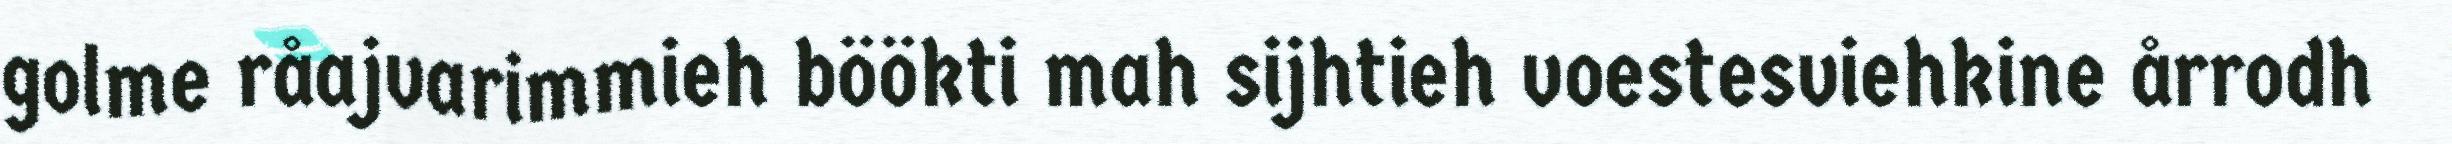
golme råajvarimmieh böökti mah sijhtieh voestesviehkine årrodh